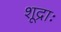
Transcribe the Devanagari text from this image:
शूद्राः